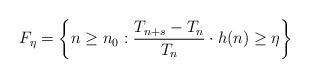
LaTeX: \begin{align*} F_{\eta}=\left\{n\geq n_0: \frac{T_{n+s}-T_n}{T_n}\cdot h(n)\geq \eta \right\} \end{align*}